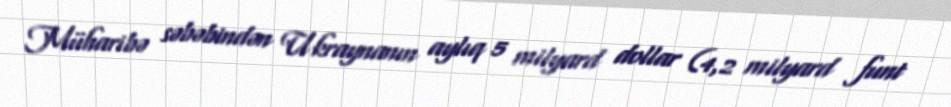
Müharibə səbəbindən Ukraynanın aylıq 5 milyard dollar (4,2 milyard funt